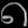
Digit: ၈